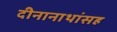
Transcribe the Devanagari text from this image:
दीनानाथांसह